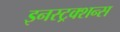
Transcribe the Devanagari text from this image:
इनस्ट्रक्शन्स